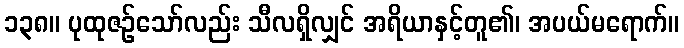
၁၃၈။ ပုထုဇဉ်သော်လည်း သီလရှိလျှင် အရိယာနှင့်တူ၏၊ အပယ်မရောက်။